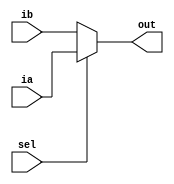
/* Generated by Yosys 0.9 (git sha1 1979e0b1, i686-w64-mingw32.static-g++ 5.5.0 -Os) */

(* top =  1  *)
(* src = "sel.v:1" *)
module sel(ia, ib, sel, out);
  (* src = "sel.v:2" *)
  input ia;
  (* src = "sel.v:2" *)
  input ib;
  (* src = "sel.v:3" *)
  output out;
  (* src = "sel.v:2" *)
  input sel;
  assign out = sel ? ia : ib;
endmodule